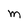
Character: M